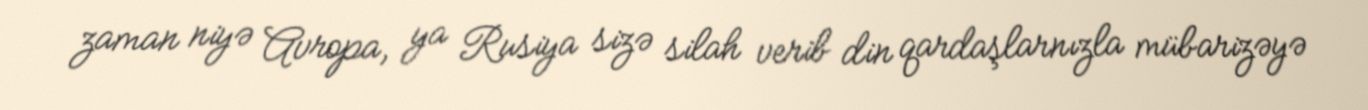
zaman niyə Avropa, ya Rusiya sizə silah verib din qardaşlarnızla mübarizəyə